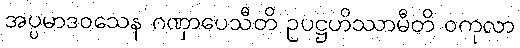
အပ္ပမာဒဝသေန ဂဏှာပေသီတိ ဥပဋ္ဌဟိဿာမီတိ ဝကုလာ